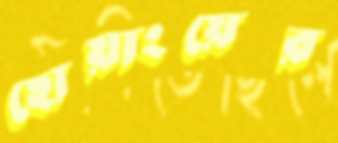
হোয়াংয়ের